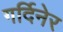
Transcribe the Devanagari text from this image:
गर्दिनेर